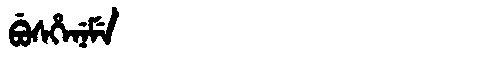
Manchu: ᠪᡠᠰᡥᡝᠨᡝᠮᡝ
Romanization: BUSHENEME